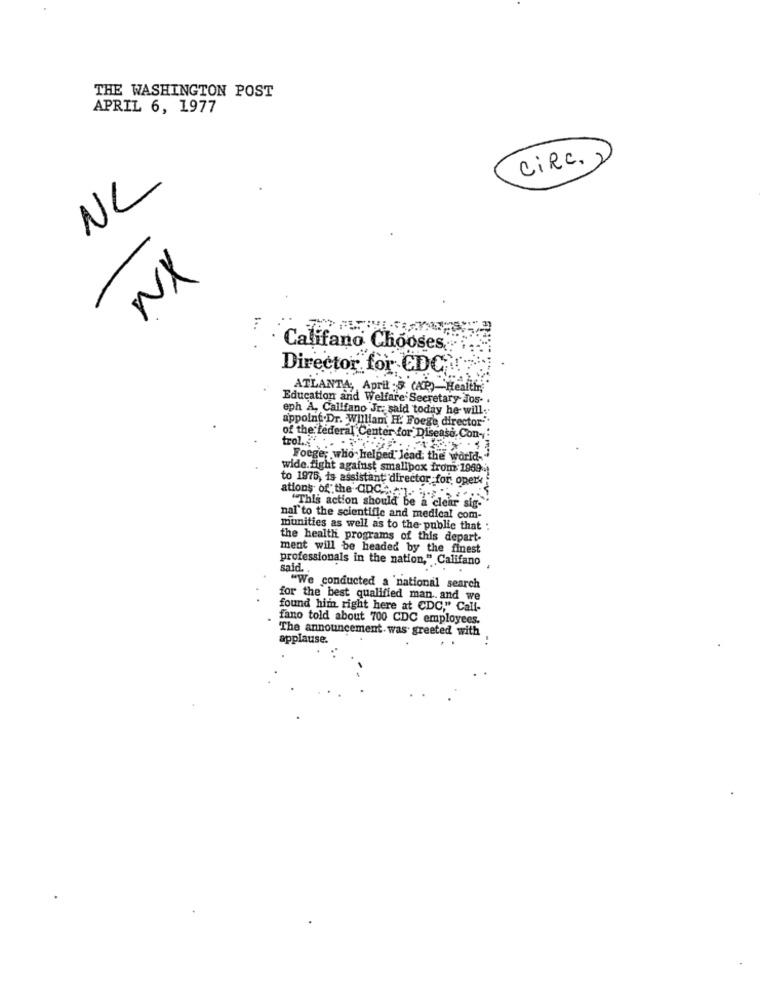
THE WASHINGTON POST
APRIL 6, 1977
CIRC.
NC
NX
Califano Chooses.
Director for CDC
ATLANTA, April :3 (AP)-Health,
Education and Welfare Secretary Jos- .
eph A. Califano Jr: said today he- will.
appoint.Dr. William H. Foege director"
of the federal Center for Disease, Con-
trol ...... "
Foege; who- helped" lead the world-
wide.fight against smallpox from 1969-
to 1975, is assistant director for, operk
ations of the CDC:JAN
"This action should be a clear sig-
nal to the scientific and medical com-
munities as well as to the public that :
the health programs of this depart-
ment will be headed by the finest
professionals in the nation," Califano
said.
.
"We conducted a national search
for the best qualified man .. and we
found him right here at CDC," Call-
fano told about 700 CDC employees.
The announcement. was greeted with
applause.